Sketch of the medical history of the native army of Bombay, for the year
Year: 1876
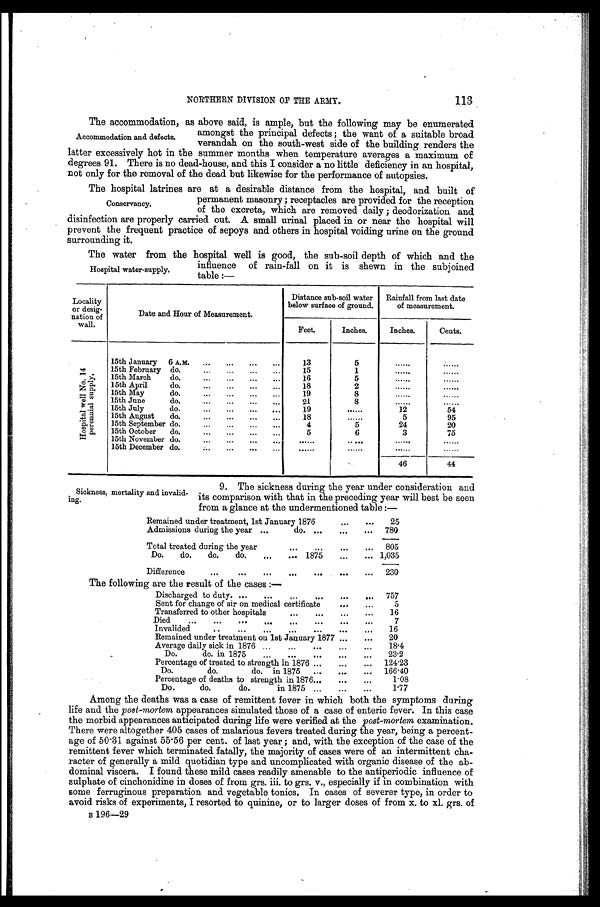
NORTHERN DIVISION OF THE ARMY.
113
The accommodation, as above said, is ample, but the following may be enumerated
amongst the principal defects ; the want of a suitable broad
verandah on the south-west side of the building renders the
latter excessively hot in the summer months when temperature averages a maximum of
degrees 91. There is no dead-house, and this I consider a no little deficiency in an hospital,
not only for the removal of the dead but likewise for the performance of autopsies.
The hospital latrines are at a desirable distance from the hospital, and built of
permanent masonry ; receptacles are provided for the reception
of the excreta, which are removed daily ; deodorization and
disinfection are properly carried out. A small urinal placed in or near the hospital will
prevent the frequent practice of sepoys and others in hospital voiding urine on the ground
surrounding it.
The water from the hospital well is good, the sub-soil depth of which and the
influence of rain-fall on it is shewn in the subjoined
table :—
Locality
or desig-
nation of
wall.
Date and Hour of Measurement.
Distance sub-soil water
below surface of ground.
Rainfall from last date
of measurement.
Feet.
Inches.
Inches.
Cents.
H o s p i t a l w e l l N o . 1 4 p e r e n n i a l s u p p l y .
15th January 6 A. M.
... ... ... ...
13
5
......
......
15th February do.
... ... ... ...
15
1
......
......
15th March
do.
... ... ... ...
16
5
......
......
15th April
do.
... ... ... ...
18
2
......
......
15th May
do.
... ... ... ...
19
8
......
......
15th June
do.
... ... ... ...
21
8
......
......
15th July
do.
... ... ... ...
19
......
12
54
15th August
do.
... ... ... ...
18
......
5
95
15th September
do.
... ... ... ...
4
5
24
20
15th October
do.
... ... ... ...
5
6
3
75
15th November do.
... ... ... ...
......
......
......
......
15th December
do.
... ... ... ...
......
......
......
......
46
44
Accommodation and defects.
Conservancy.
Hospital water-supply.
Sickness, mortality and invalid-
ing.
9. The sickness during the year under consideration and
its comparison with that in the preceding year will best be seen
from a glance at the undermentioned table :—
Remained under treatment, 1st January 1876
... ...
25
Admissions during the year ...
do. ... ...
780
Total treated during the year
...
... ...
...
805
Do.
do.
do.
do.
... ... 1875...
... 1,035
Difference
...
...
... ...
...
...
...
230
The following are the result of the cases :—
Discharged to duty. ...
...
...
...
...
...
757
Sent for change of air on medical certificate
. . . . . .
5
Transferred to other hospitals
...
... ...
...
16
Died...
... ... ...
.
..
...
...
... ...
7
Invalided
.. ... ... ... ... ...
16
Remained under treatment on 1st January 1877 ...
...
20
Average daily sick in 1876 ...
...
...
...
...
18.4
Do.
do. in 1875
... ... ...
... ...
23.2
Percentage of treated to strength in 1876 ...
...
...
124.23
Do.
do.
do. in 1875
...
... ... 166.40
Percentage of deaths to strength in 1876...
...
...
1.08
Do.
do.
do.
in 1875 ...
...
...
1.77
Among the deaths was a case of remittent fever in which both the symptoms during
life and the post-mortem appearances simulated those of a case of enteric fever. In this case
the morbid appearances anticipated during life were verified at the post-mortem examination.
There were altogether 405 cases of malarious fevers treated during the year, being a percent-
age of 50.31 against 55.56 per cent. of last year ; and, with the exception of the case of the
remittent fever which terminated fatally, the majority of cases were of an intermittent cha-
racter of generally a mild quotidian type and uncomplicated with organic disease of the ab-
dominal viscera. I found these mild cases readily amenable to the antiperiodic influence of
sulphate of cinchonidine in doses of from grs. iii. to grs. v., especially if in combination with
some ferruginous preparation and vegetable tonics. In cases of severer type, in order to
avoid risks of experiments, I resorted to quinine, or to larger doses of from x. to xl. grs. of
B 196-29